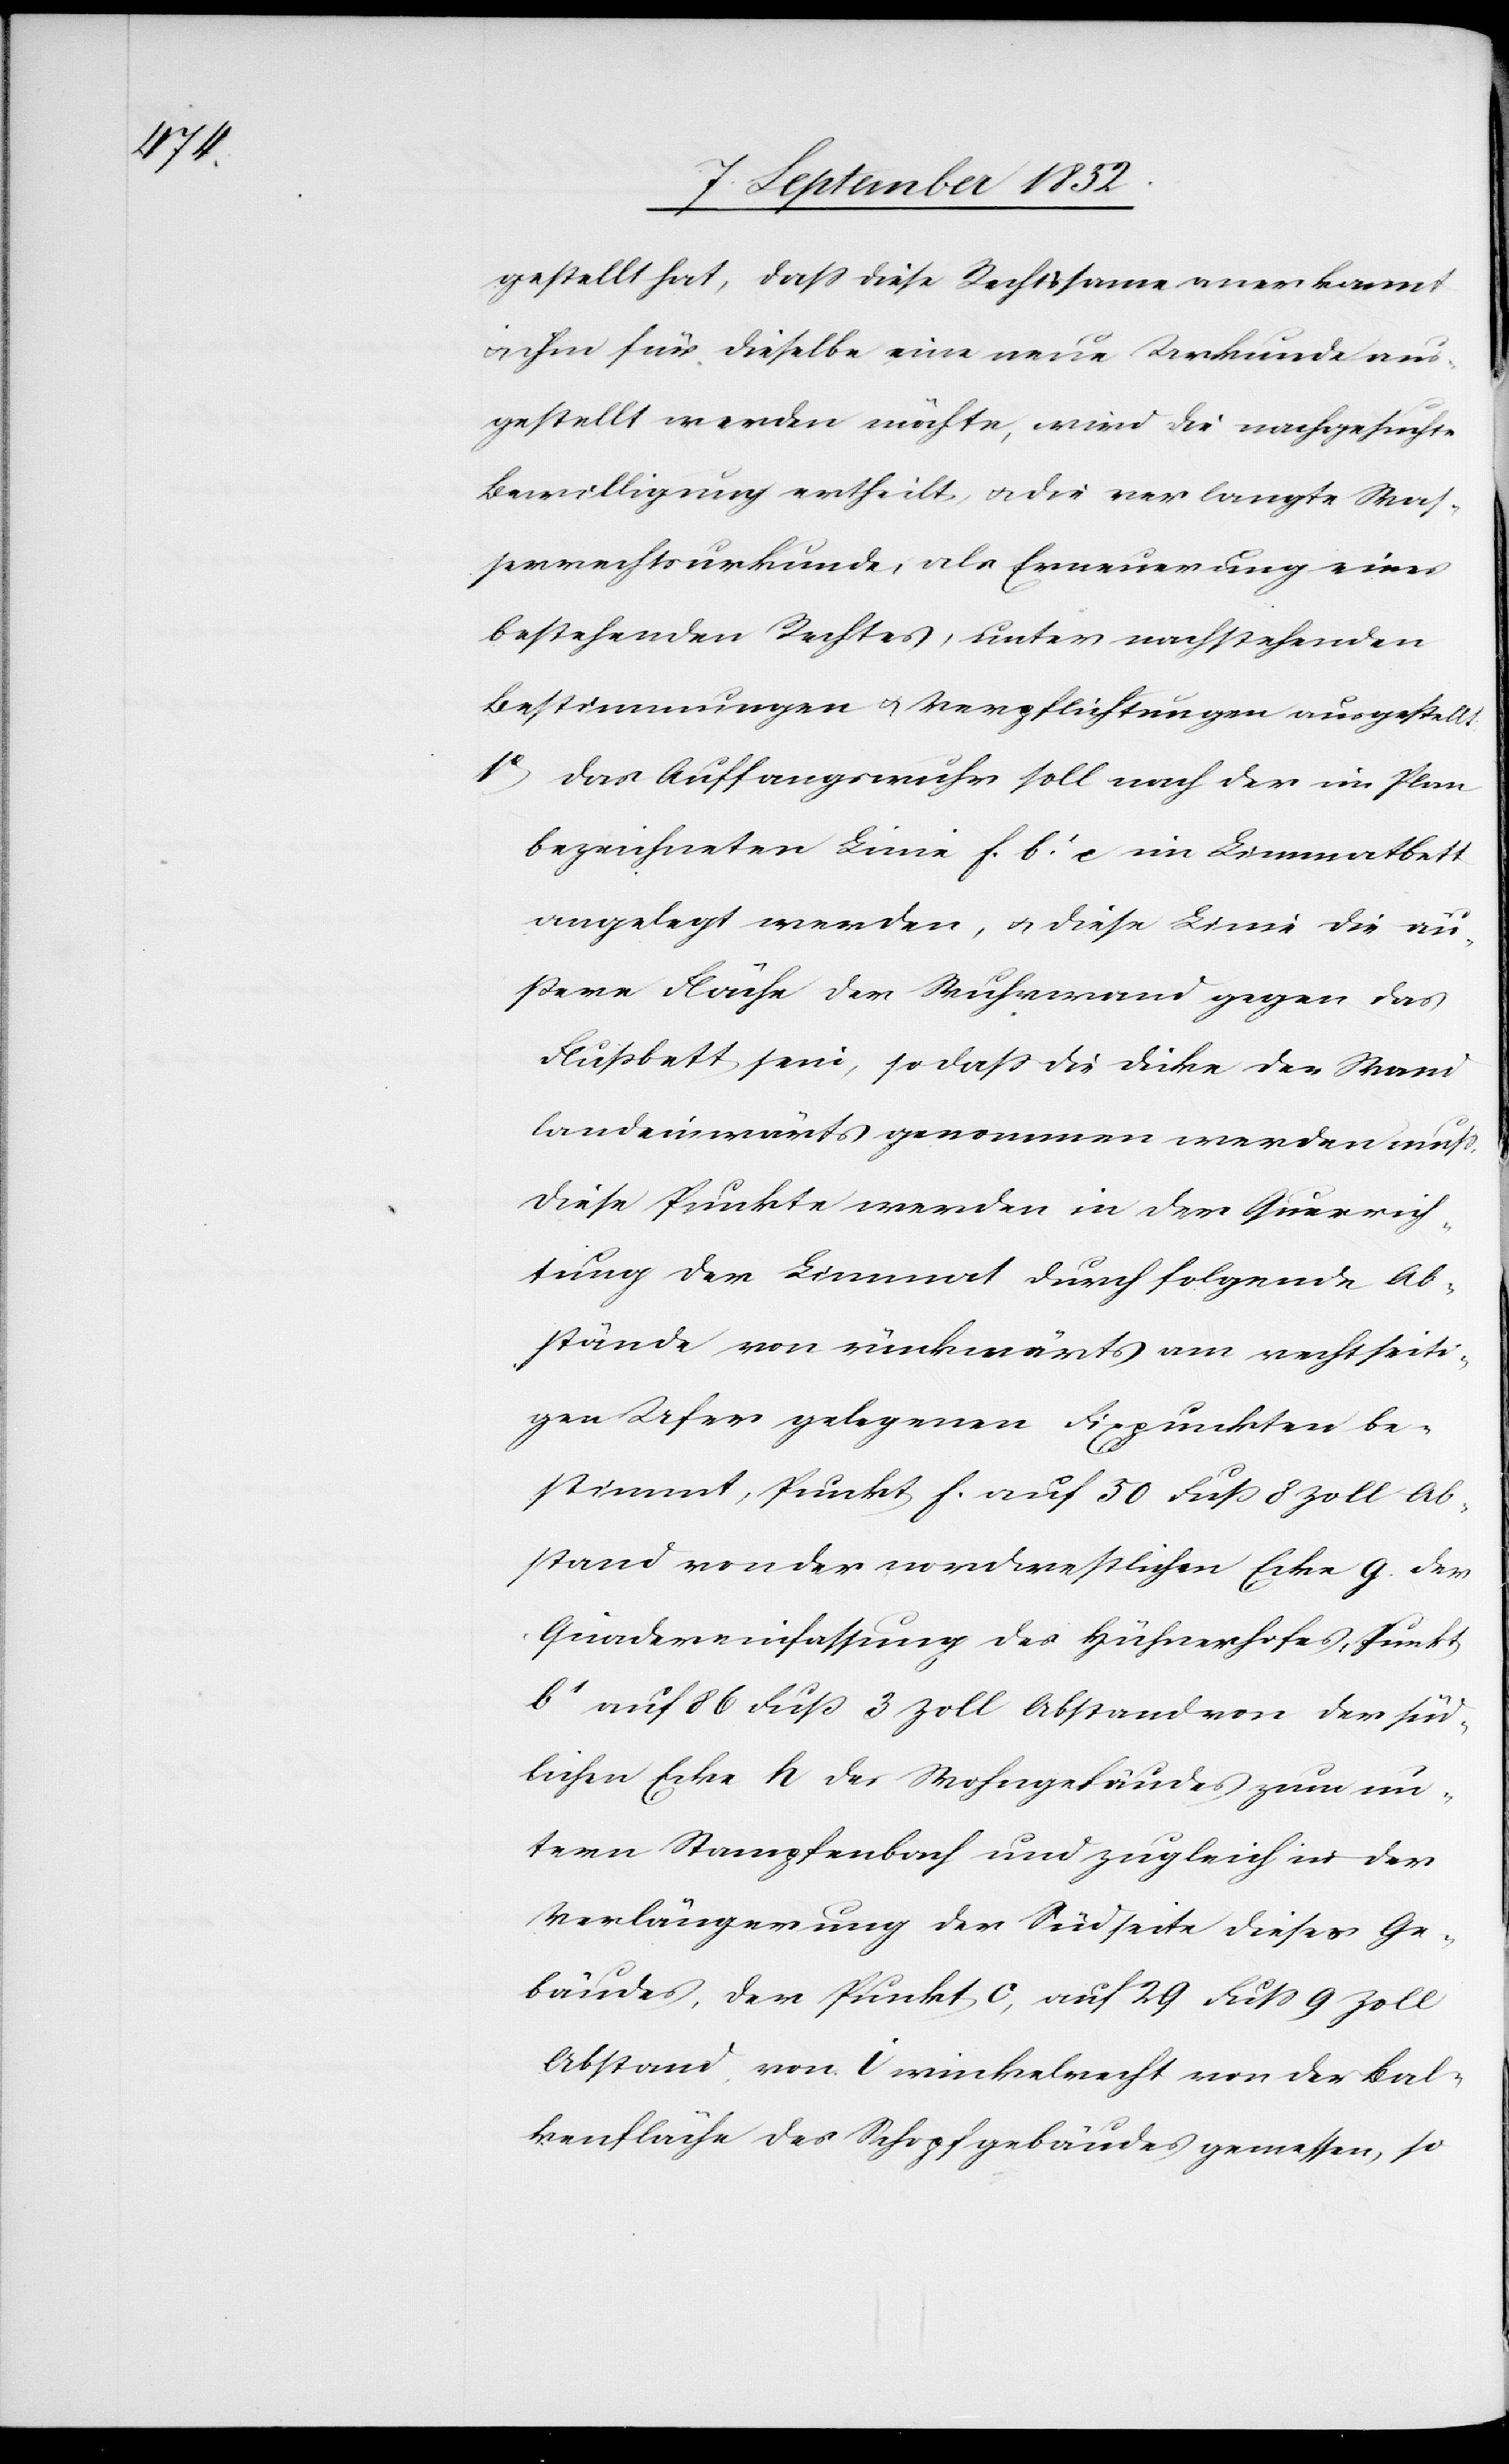
gestellt hat, dass diese Rechtsame anerkannt
& ihm für dieselbe eine neue Urkunde aus¬
gestellt werden möchte, wird die nachgesuchte
Bewilligung ertheilt, & die verlangte Was¬
serrechtsurkunde, als Erneuerung eines
bestehenden Rechtes, unter nachstehenden
Bestimmungen & Verpflichtungen ausgestellt.
Das Auffangswuhr soll nach der im Plan
bezeichneten Linie f. b1. c im Limmatbett
angelegt werden, & diese Linie die äu¬
ßere Fläche der Wuhrwand gegen das
Flußbett sein, so dass die Dicke der Wand
landeinwärts genommen werden muss.
Diese Punkte werden in der Querrich¬
tung der Limmat durch folgende Ab¬
stände von rückwärts am rechtseiti¬
gen Ufer gelegenen Fixpunkten be¬
stimmt, Punkt f. auf 50 Fuß 8 Zoll Ab¬
stand von der nordwestlichen Ecke g. der
Quadereinfassung des Hühnerhofes, Punkt
b1 auf 86 Fuß 3 Zoll Abstand von der süd¬
lichen Ecke h des Wohngebäudes zum un¬
tern Stampfenbach und zugleich in der
Verlängerung der Südseite dieses Ge¬
bäudes, der Punkt c, auf 29 Fuss 9 Zoll
Abstand von i winkelrecht von der Bal¬
kenfläche des Schopfgebäudes gemessen, so